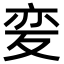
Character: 𭐦